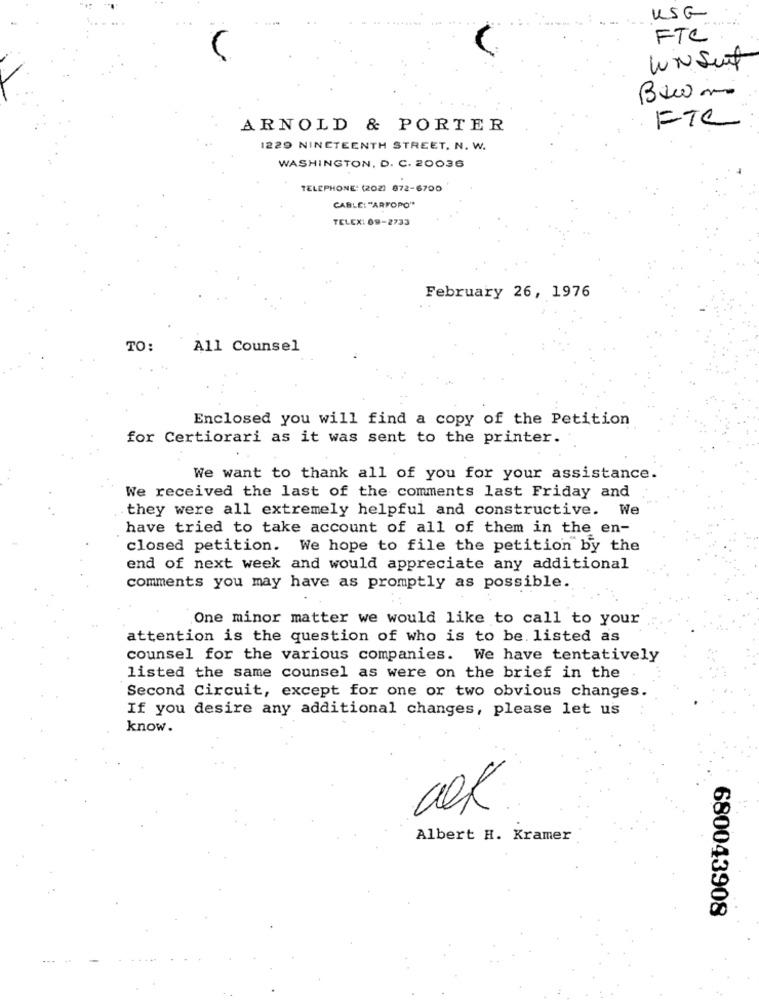
USG
FTC
UN Suit
Bacon
FTC
ARNOLD & PORTER
1229 NINETEENTH STREET, N. W.
WASHINGTON, D. C. 20036
TELEPHONE: (202) 872-6700
CABLE: "ARFOPO"
TELEX: 09-2733
February 26, 1976
TO:
All Counsel
Enclosed you will find a copy of the Petition
for Certiorari as it was sent to the printer.
We want to thank all of you for your assistance.
We received the last of the comments last Friday and
they were all extremely helpful and constructive. We
have tried to take account of all of them in the en-
closed petition. We hope to file the petition by the
end of next week and would appreciate any additional
comments you may have as promptly as possible.
One minor matter we would like to call to your
attention is the question of who is to be. listed as
counsel for the various companies. We have tentatively
listed the same counsel as were on the brief in the
Second Circuit, except for one or two obvious changes.
If you desire any additional changes, please let us
know.
Albert H. Kramer
680043908